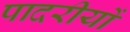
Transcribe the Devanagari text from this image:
पादरीयों